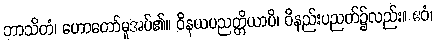
ဘာသိတံ၊ ဟောတော်မူအပ်၏။ ဝိနယပညတ္တိယာပိ၊ ဝိနည်းပညတ်၌လည်း။ ဧဝံ၊